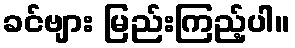
ခင်ဗျား မြည်းကြည့်ပါ။